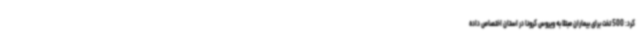
کرد: 500 تخت برای بیماران مبتلا به ویروس کرونا در استان اختصاص داده